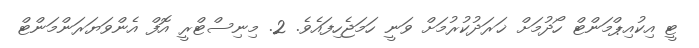
ޓީ އިކުއިޕްމަންޓް ހޯދުމަށް ޚަރަދުކުރުމަށް ވަނީ ހަމަޖެހިފައެވެ. 2. މިނިސްޓްރީ އޮފް އެންވަޔަރަންމަންޓް